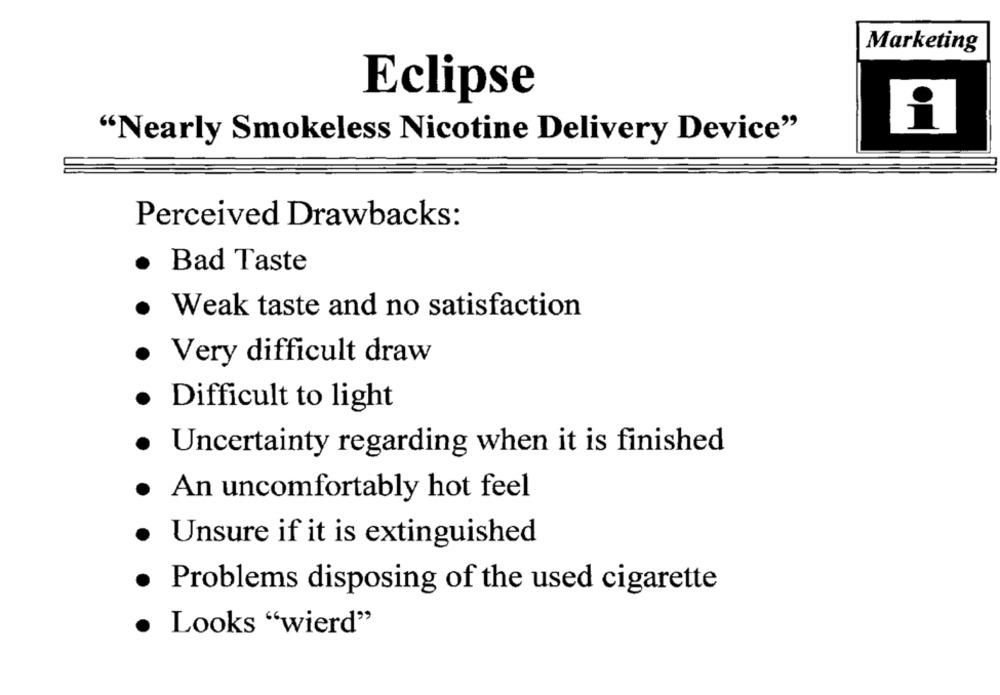
Marketing
Eclipse
"Nearly Smokeless Nicotine Delivery Device"
Perceived Drawbacks:
Bad Taste
.
· Weak taste and no satisfaction
· Very difficult draw
· Difficult to light
· Uncertainty regarding when it is finished
· An uncomfortably hot feel
· Unsure if it is extinguished
. Problems disposing of the used cigarette
· Looks "wierd"